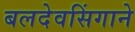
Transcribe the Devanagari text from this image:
बलदेवसिंगाने